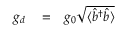
\begin{array} { r l r } { g _ { d } } & { { } = } & { g _ { 0 } \sqrt { \langle \hat { b } ^ { \dag } \hat { b } \rangle } } \end{array}